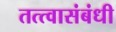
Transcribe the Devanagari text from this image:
तत्त्वासंबंधी